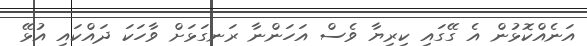
އަނެއްކޮޅުން އެ ގޭގައި ކިރިޔާ ވެސް އަހަންނާ ރަނގަޅަށް ވާހަކަ ދައްކައި އުޅޭ